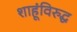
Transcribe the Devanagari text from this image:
शाहूंविरुद्घ